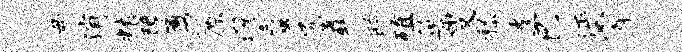
毋消粮障勇原濯蜃尻纛鸱殖巢燮嵇遣巳沔霄